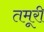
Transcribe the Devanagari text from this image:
तमूरी